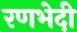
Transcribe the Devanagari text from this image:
रणभेदी